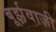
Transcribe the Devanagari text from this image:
बूर्झ़वाज़ी